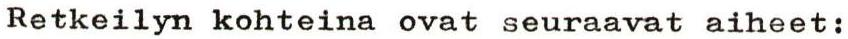
Retkeilyn kohteina ovat seuraavat aiheet: